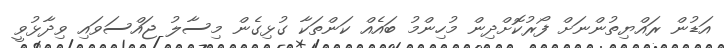
އަޑުން ރައްޔިތުންނަށް ފޯރުކޮށްދިން މުހިންމު ބައެއް ކަންތަކާ ގުޅިގެން މިސާލު ޖައްސަވައި ވިދާޅުވީ